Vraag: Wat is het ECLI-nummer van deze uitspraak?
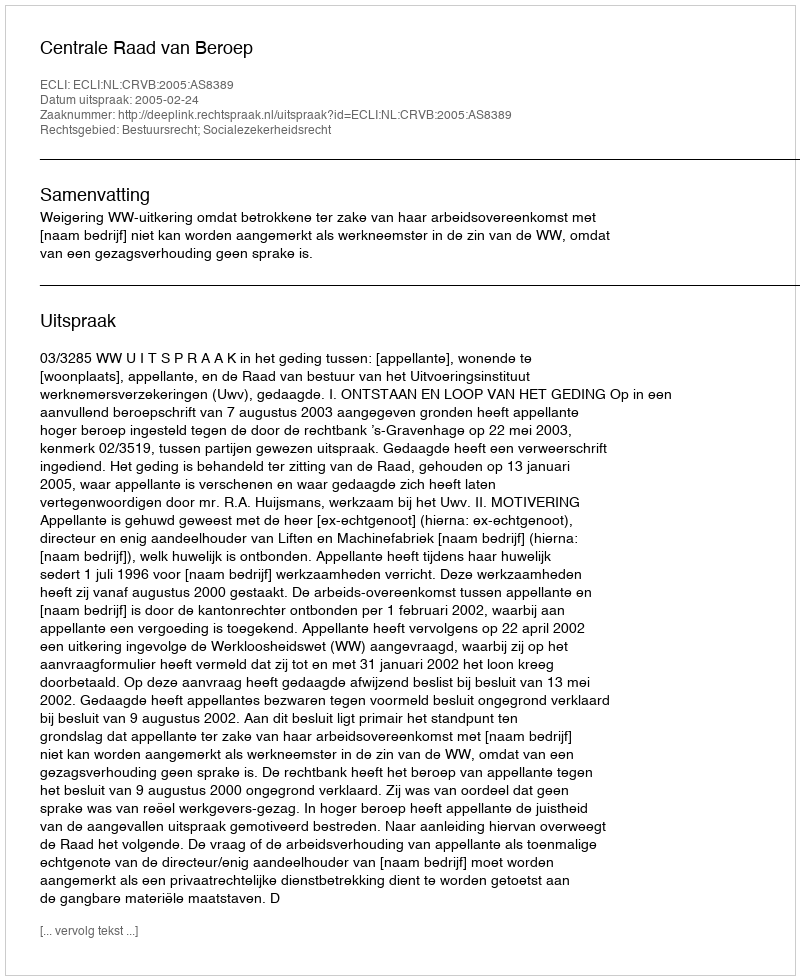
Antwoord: ECLI:NL:CRVB:2005:AS8389